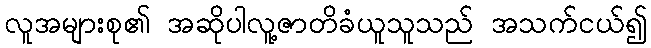
လူအများစု၏ အဆိုပါလူ့ဇာတိခံယူသူသည် အသက်ငယ်၍